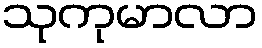
သုကုမာလာ